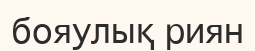
бояулық риян